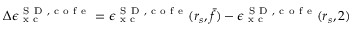
\Delta \epsilon _ { \mathrm { ~ x ~ c ~ } } ^ { { \mathrm { ~ S ~ D ~ } } , \mathrm { ~ c ~ o ~ f ~ e ~ } } = \epsilon _ { \mathrm { ~ x ~ c ~ } } ^ { { \mathrm { ~ S ~ D ~ } } , \mathrm { ~ c ~ o ~ f ~ e ~ } } ( r _ { s } , \bar { f } ) - \epsilon _ { \mathrm { ~ x ~ c ~ } } ^ { { \mathrm { ~ S ~ D ~ } } , \mathrm { ~ c ~ o ~ f ~ e ~ } } ( r _ { s } , 2 )